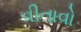
વીતાવો